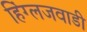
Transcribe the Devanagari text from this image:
हिंग्लजवाडी